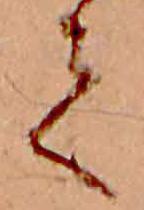
て